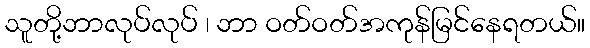
သူတို့ဘာလုပ်လုပ် ၊ ဘာ ဝတ်ဝတ်အကုန်မြင်နေရတယ်။